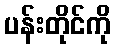
ပန်းတိုင်ကို